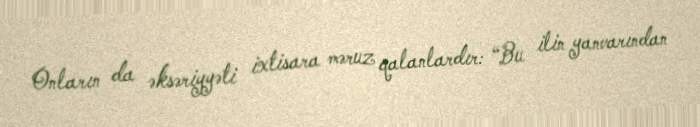
Onların da əksəriyyəti ixtisara məruz qalanlardır: “Bu ilin yanvarından